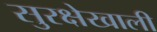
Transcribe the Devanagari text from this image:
सुरक्षेखाली